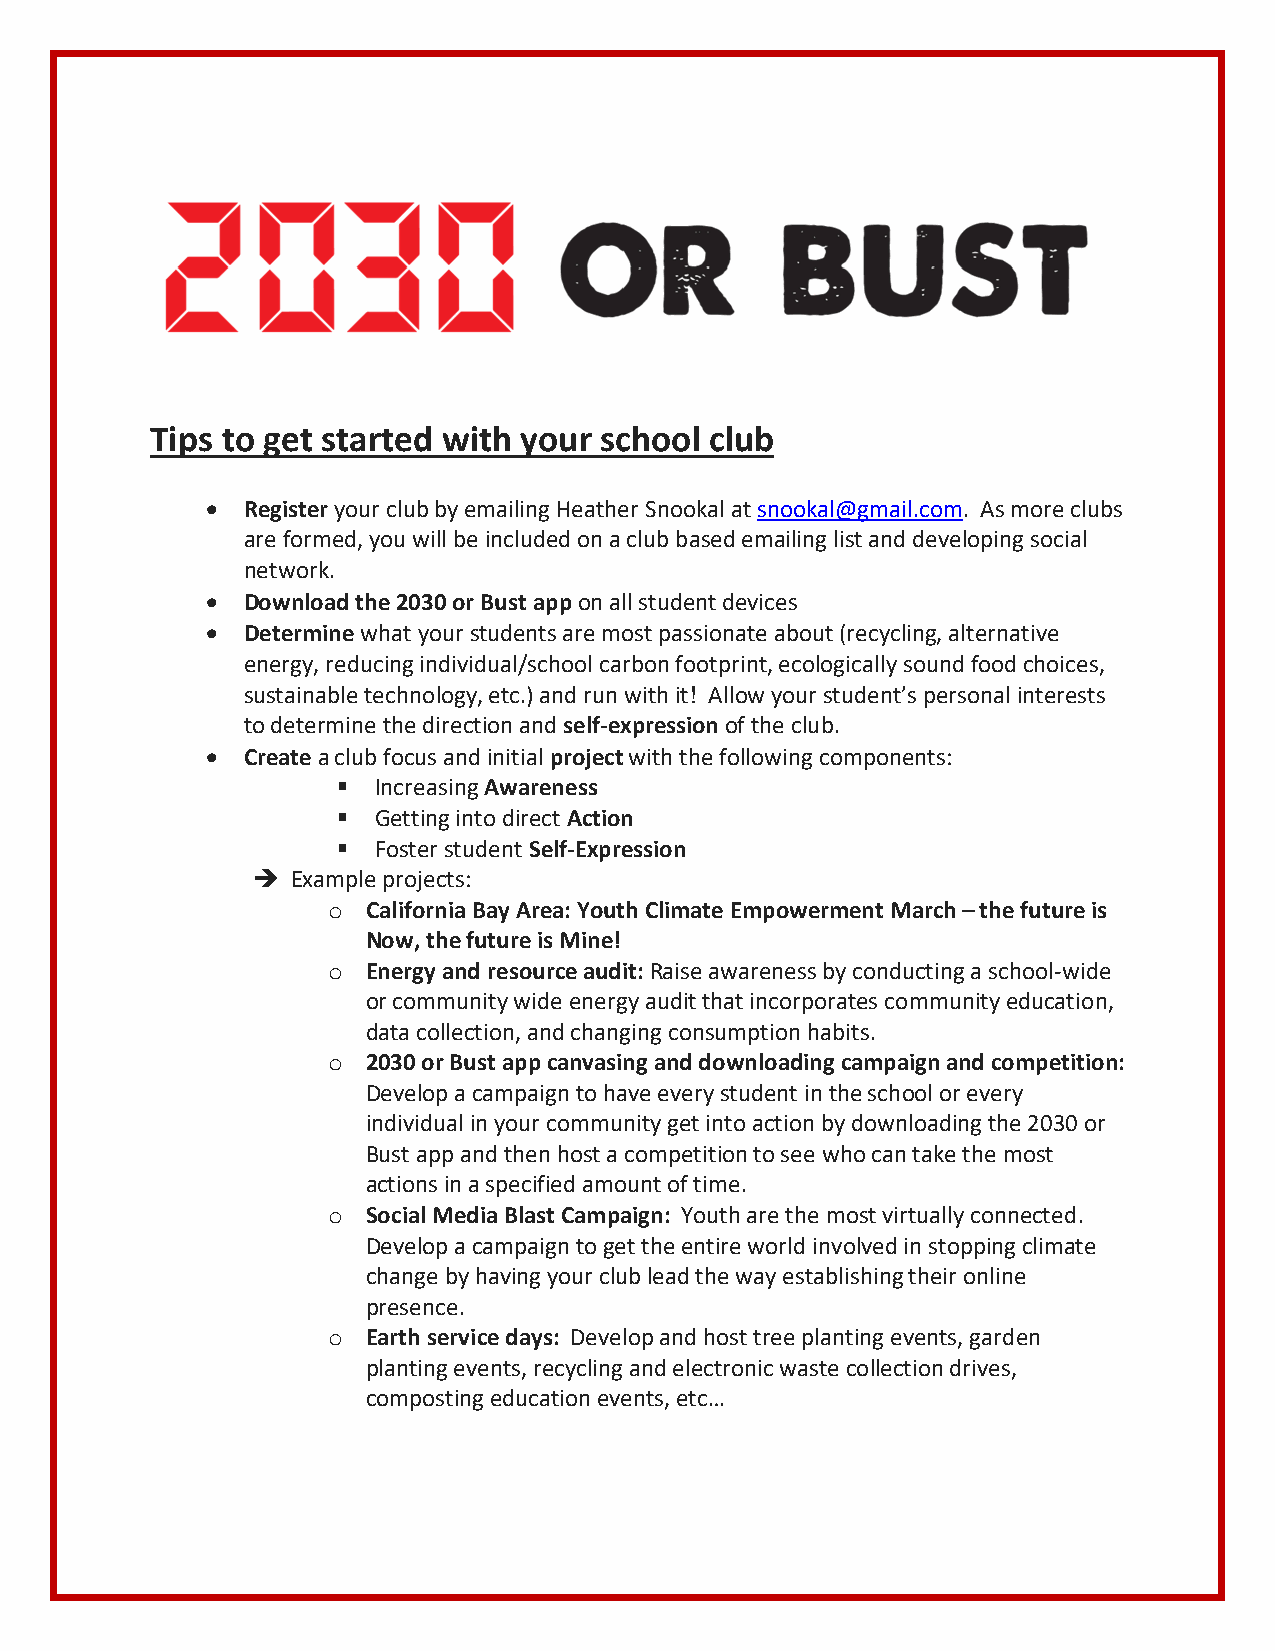
Tips to get started with your school club
  Register your club by emailing Heather Snookal at snookal@gmail.com. As more clubs
 are formed, you will be included on a club based emailing list and developing social
 network.
  Download the 2030 or Bust app on all student devices
  Determine what your students are most passionate about (recycling, alternative
 energy, reducing individual/school carbon footprint, ecologically sound food choices,
 sustainable technology, etc.) and run with it! Allow your student’s personal interests
 to determine the direction and self-expression of the club.
  Create a club focus and initial project with the following components:
   Increasing Awareness
   Getting into direct Action
   Foster student Self-Expression
  Example projects:
 o California Bay Area: Youth Climate Empowerment March – the future is
 Now, the future is Mine!
 o Energy and resource audit: Raise awareness by conducting a school-wide
 or community wide energy audit that incorporates community education,
 data collection, and changing consumption habits.
 o 2030 or Bust app canvasing and downloading campaign and competition:
 Develop a campaign to have every student in the school or every
 individual in your community get into action by downloading the 2030 or
 Bust app and then host a competition to see who can take the most
 actions in a specified amount of time.
 o Social Media Blast Campaign: Youth are the most virtually connected.
 Develop a campaign to get the entire world involved in stopping climate
 change by having your club lead the way establishing their online
 presence.
 o Earth service days: Develop and host tree planting events, garden
 planting events, recycling and electronic waste collection drives,
 composting education events, etc…